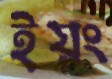
ইয়ং